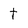
Character: t